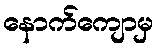
နောက်ကျောမှ